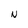
Character: N